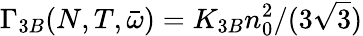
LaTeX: \Gamma_{3B}(N,T,\bar{\omega})=K_{3B}n_{0}^{2}/(3\sqrt{3})